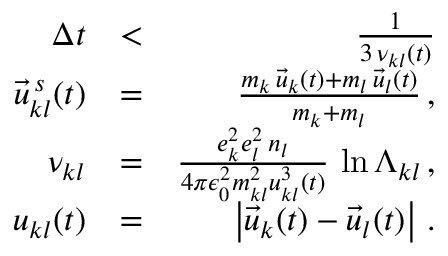
\begin{array} { r l r } { \Delta t } & { < } & { \frac { 1 } { 3 \, \nu _ { k l } ( t ) } } \\ { \vec { u } _ { k l } ^ { \, s } ( t ) } & { = } & { \frac { m _ { k } \, \vec { u } _ { k } ( t ) + m _ { l } \, \vec { u } _ { l } ( t ) } { m _ { k } + m _ { l } } \, , } \\ { \nu _ { k l } } & { = } & { \frac { e _ { k } ^ { 2 } e _ { l } ^ { 2 } \, n _ { l } } { 4 \pi \epsilon _ { 0 } ^ { 2 } m _ { k l } ^ { 2 } u _ { k l } ^ { 3 } \left( t \right) } \, \ln \Lambda _ { k l } \, , } \\ { u _ { k l } ( t ) } & { = } & { \left| \vec { u } _ { k } ( t ) - \vec { u } _ { l } ( t ) \right| \, . } \end{array}